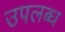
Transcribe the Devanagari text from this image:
उपलब्‍ध्‍ा